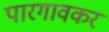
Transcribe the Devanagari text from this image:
पारगावकर